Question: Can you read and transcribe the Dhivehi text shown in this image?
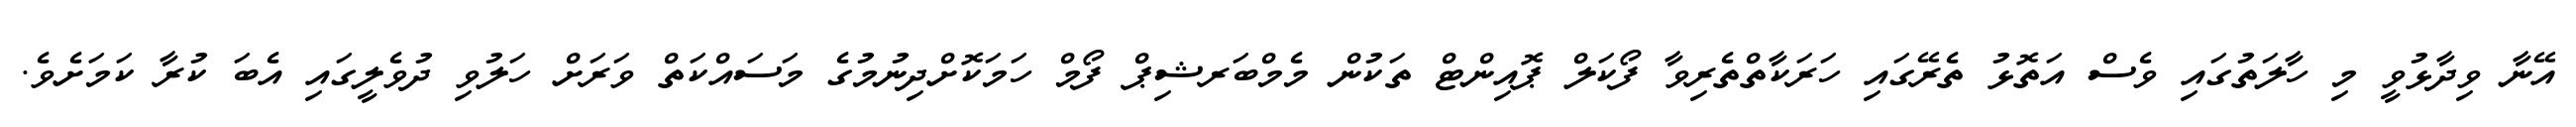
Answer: އޭނާ ވިދާޅުވީ މި ހާލަތުގައި ވެސް އަތޮޅު ތެރޭގައި ހަރަކާތްތެރިވާ ފޯކަލް ޕޮއިންޓް ތަކުން މެމްބަރޝިޕް ފޯމް ހަމަކޮށްދިނުމުގެ މަސައްކަތް ވަރަށް ހަލުވި ދުވެލީގައި އެބަ ކުރާ ކަމަށެވެ.